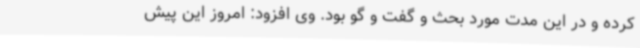
کرده و در این مدت مورد بحث و گفت و گو بود. وی افزود: امروز این پیش